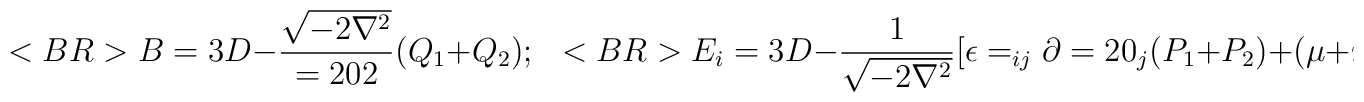
<BR>B=3D-{{\sqrt {-2\nabla ^2}}\over=202}(Q_1+Q_2);~~<BR>E_i=3D-{1\over {\sqrt {-2\nabla ^2}}}[\epsilon =_{ij}\partial=20_j(P_1+P_2)+(\mu + m)\partial _iQ_1+(\mu -m)\partial=20_iQ_2],<BR><BR>